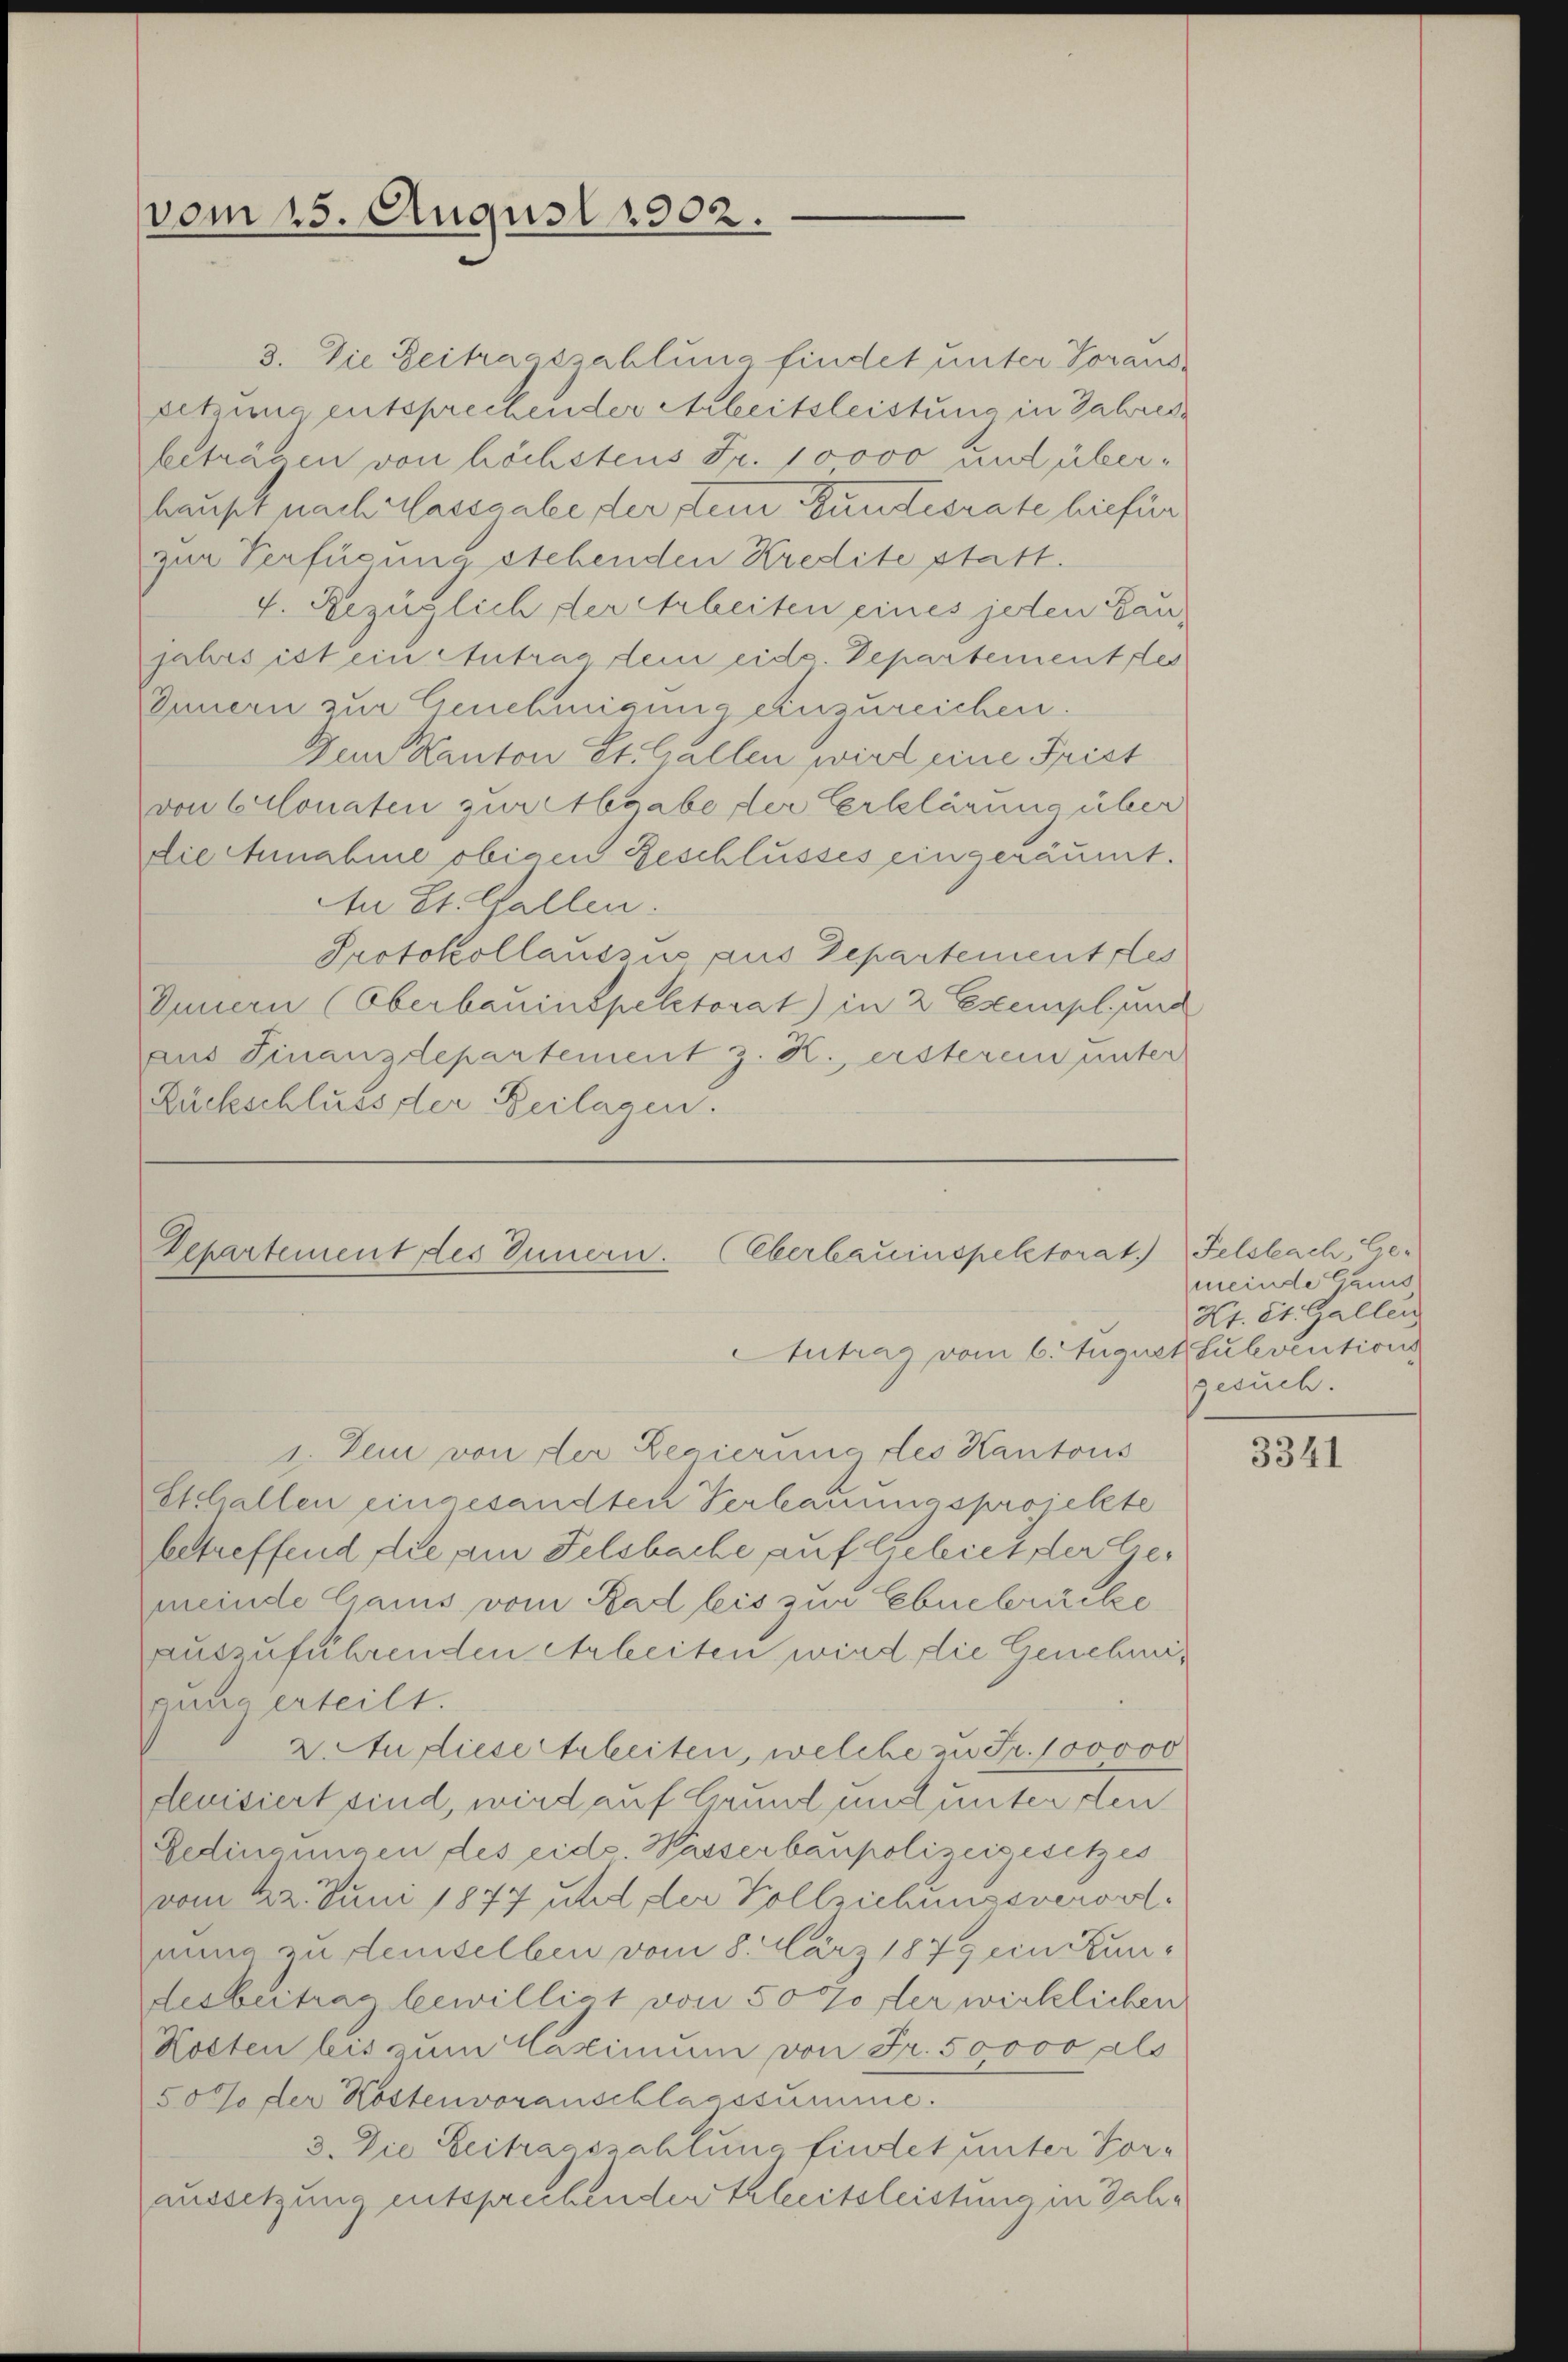
vom 15. August 1902.

3. Die Zeitragszahlung findet unter Voraussetzung entsprechender Arbeitsleistung in Jahres
beträgen von höchstens Fr. 10000 und überhaupt, nach Massgabe der dem Bundesrate hiefür
zur Verfügung stehenden Kredite statt.
4. Bezüglich, der Arbeiten eines jeden Bau-
jahres ist ein Antrag dem eide. Departement des
Innern zur Genehmigung einzureichen.
Der Kanton St. Gallen wird eine Frist
von Clonaten zur Habe der Erklärung über
Die Annahme obigen Geschlusses eingeräumt.
An St. Gallen.
Protokollaussus aus Departement les
Innern (Oberbauinspektorat) in 2 Exempl. und
aus Finanzdepartement z. K., ersterem unter
Rückschluss der Beilagen.

Departement des Innern. (Oberbauinspektorat.) Felsbach, Ge-
Antrag vom 6. August Sulevention

1. Sei von der Regierung des Kantons
Eschallen eingesandten Verbauungsprojekte
betreffend die am Felsbache auf Gebiet der Gemeinde Carus vom Rad bis zur Ebnebrücke
auszuführenden Arbeiten wird die Genehmipung erteilt.
2. An diesertrheiten, welche zu Fr. 100000
deuisiert sind, wird auf Grund und unter den
Gedingungen des eid. Hasserbaupolizeigesetzes
vom 22. Juni 1877 und der Vollziehungsverortnung zu demselben vom 8. März 1879 ein Kundesbeitrag bewilligt von 507 der wirklichen
Kosten bis zum Maximum von Fr. 50000 als
50 % der Kostenvoranschlagssumme.
3. Die Zeitragszahlung findet unter Foraussetzung entsprechenden Erleitsleichung in Jahr

meinde Gans
Kt. St. Gallen
gesuch.

3341